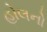
હોલનો